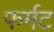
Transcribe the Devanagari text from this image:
फर्मट